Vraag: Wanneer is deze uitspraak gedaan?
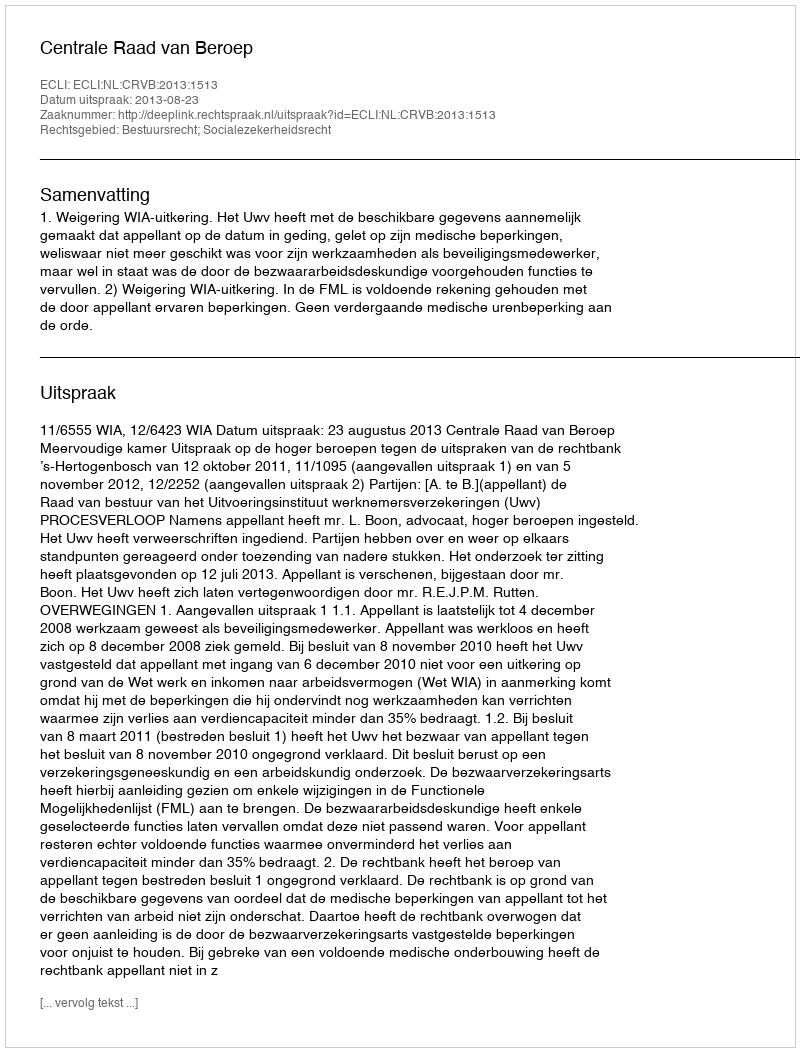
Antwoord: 2013-08-23